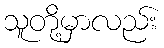
သူတို့မှာလည်း